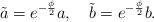
\begin{align*}\tilde{a} = e^{ - \frac{\phi}{2}} a, ~~~ \tilde{b} = e^{ -\frac{\phi}{2}} b.\end{align*}